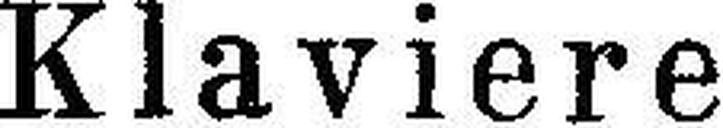
Klaviere